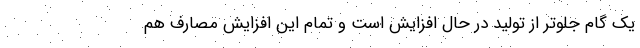
یک گام جلوتر از تولید در حال افزایش است و تمام این افزایش مصارف هم